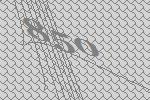
850